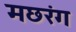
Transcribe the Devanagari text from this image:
मछरंग